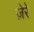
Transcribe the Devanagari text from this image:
ज़ेरे